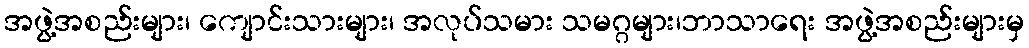
အဖွဲ့အစည်းများ၊ ကျောင်းသားများ၊ အလုပ်သမား သမဂ္ဂများ၊ဘာသာရေး အဖွဲ့အစည်းများမှ